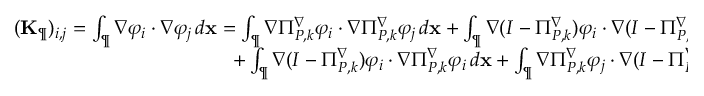
\begin{array} { r } { ( \mathbf { K } _ { \P } ) _ { i , j } = \int _ { \P } \nabla \varphi _ { i } \cdot \nabla \varphi _ { j } \, d \mathbf { x } = \int _ { \P } \nabla \Pi _ { { P } , k } ^ { \nabla } \varphi _ { i } \cdot \nabla \Pi _ { { P } , k } ^ { \nabla } \varphi _ { j } \, d \mathbf { x } + \int _ { \P } \nabla ( I - \Pi _ { { P } , k } ^ { \nabla } ) \varphi _ { i } \cdot \nabla ( I - \Pi _ { { P } , k } ^ { \nabla } ) \varphi _ { j } \, d \mathbf { x } + } \\ { + \int _ { \P } \nabla ( I - \Pi _ { { P } , k } ^ { \nabla } ) \varphi _ { i } \cdot \nabla \Pi _ { { P } , k } ^ { \nabla } \varphi _ { i } \, d \mathbf { x } + \int _ { \P } \nabla \Pi _ { { P } , k } ^ { \nabla } \varphi _ { j } \cdot \nabla ( I - \Pi _ { { P } , k } ^ { \nabla } ) \varphi _ { j } \, d \mathbf { x } . } \end{array}